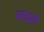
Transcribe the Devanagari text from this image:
पात्रते